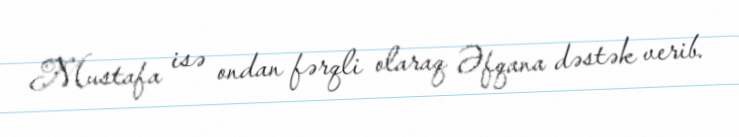
Mustafa isə ondan fərqli olaraq Əfqana dəstək verib.